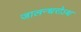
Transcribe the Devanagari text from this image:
जालन्धरोऽथ